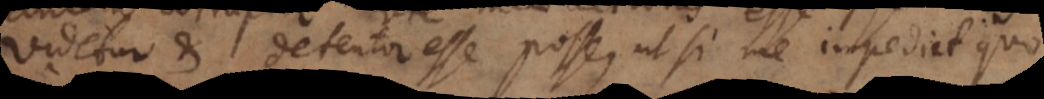
Videtur et detentor esse posse, ut si me impediat quo